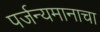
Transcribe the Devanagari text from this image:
पर्जन्यमानाचा